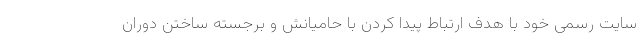
سایت رسمی خود با هدف ارتباط پیدا کردن با حامیانش و برجسته ساختن دوران